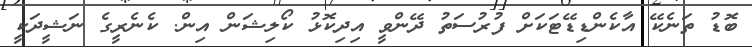
ބޮޑު ތަނެކޭ އާކެންޑިޑޭޓަކަށް ފުރުސަތު ދޭންވީ އިދިކޮޅު ކޯލިޝަން އިން. ކެނެރީގެ ނަޝީދަކީ